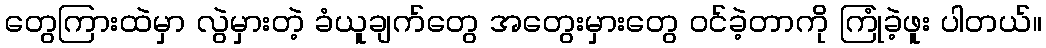
တွေကြားထဲမှာ လွဲမှားတဲ့ ခံယူချက်တွေ အတွေးမှားတွေ ဝင်ခဲ့တာကို ကြုံခဲ့ဖူး ပါတယ်။